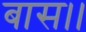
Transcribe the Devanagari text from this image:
बास।।